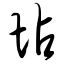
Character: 坫